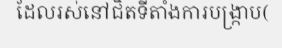
ដែលរស់នៅជិតទីតាំងការបង្ក្រាប(